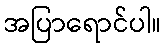
အပြာရောင်ပါ။